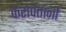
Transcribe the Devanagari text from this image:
केरोपंतांनी